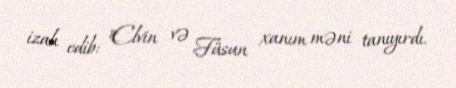
izah edib: "Elvin və Füsun xanım məni tanıyırdı.